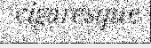
cigaresque